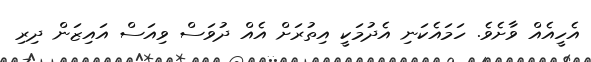
އެހީއެއް ވާށެވެ. ހަމައެކަނި އެދުމަކީ އިތުރަށް އެއް ދުވަސް ވިއަސް އައިޒަން ދިރި